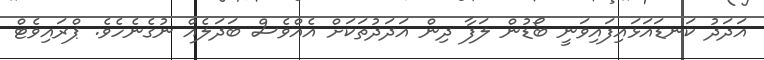
އަދަދު ކަނޑައަޅައިފައިވަނީ ބޯޑުން ލަފާ ދިން އަދަދުތަކަަށް އެއްވެސް ބަދަލެއް ނުގެނެހެވެ. ޕްރައިވެޓް